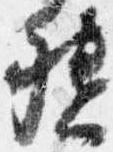
督